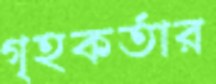
গৃহকর্তার